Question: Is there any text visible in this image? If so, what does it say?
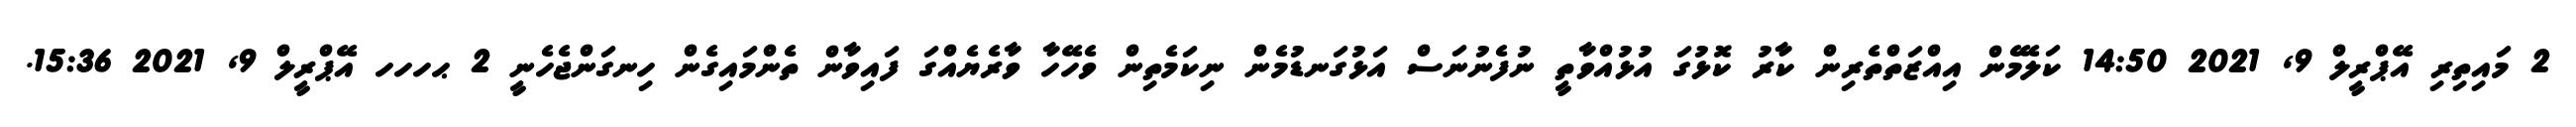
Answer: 2 މައިތިރި އޭޕްރީލް 9, 2021 14:50 ކަލޭމެން އިއްޒަތްތެރިން ކާރު ކޮޅުގަ އުޅުއްވާތީ ނުފެނުނަސް އަޅުގަނޑުމެން ނިކަމެތިން ވެހޭހާ ވާރެޔެއްގަ ފައިވާން ތެންމައިގެން ހިނގަންޖެހެނީ 2 ޙހހހ އޭޕްރީލް 9, 2021 15:36.